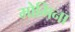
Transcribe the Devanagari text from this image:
मोमिना